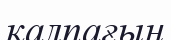
қалпағың